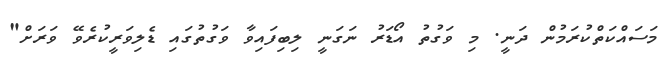
މަސައްކަތްކުރަމުން ދަނީ. މި ވަގުތު އޯޑަރު ނަގަނީ ލިބިފައިވާ ވަގުތުގައި ޑެލިވަރީކުރެވޭ ވަރަށް"